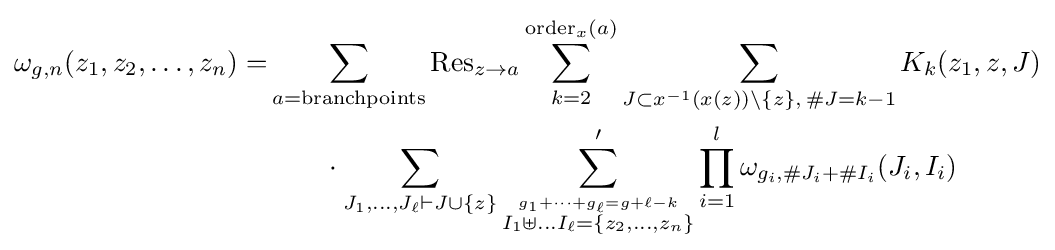
{\begin{aligned}\omega _{g,n}(z_{1},z_{2},\dots ,z_{n})=&\sum _{a={\text{branchpoints}}}\operatorname {Res} _{z\to a}\sum _{k=2}^{{\rm {order}}_{x}(a)}\sum _{J\subset x^{-1}(x(z))\setminus \{z\},\,\#J=k-1}K_{k}(z_{1},z,J)\\&\qquad \cdot \sum _{J_{1},\dots ,J_{\ell }\vdash J\cup \{z\}}\sum '_{\overset {g_{1}+\dots +g_{\ell }=g+\ell -k}{I_{1}\uplus \dots I_{\ell }=\{z_{2},\dots ,z_{n}\}}}\prod _{i=1}^{l}\omega _{g_{i},\#J_{i}+\#I_{i}}(J_{i},I_{i})\end{aligned}}